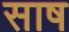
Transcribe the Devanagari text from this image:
साष